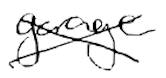
Text: garage
Cross-out: cross
Writing tool: digital_black